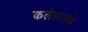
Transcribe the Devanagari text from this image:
कलेसारखे